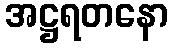
အဋ္ဌရတနော